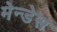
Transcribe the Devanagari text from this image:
मेन्डेस